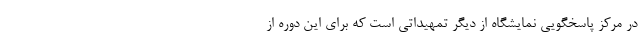
در مرکز پاسخگویی نمایشگاه از دیگر تمهیداتی است که برای این دوره از